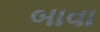
બાવા